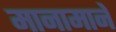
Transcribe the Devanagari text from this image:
मानामाने